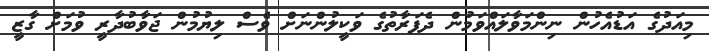
މިއަދުގެ އަޑުއެހުން ނިންމަވާލައްވަމުން ދެފަރާތުގެ ވަކީލުންނަށް ވެސް ލިޔުމުން ޖަވާބުދާރީ ވުމަށް ގާޒީ